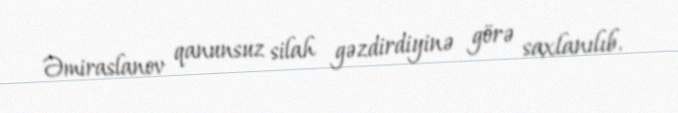
Əmiraslanov qanunsuz silah gəzdirdiyinə görə saxlanılıb.